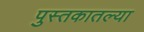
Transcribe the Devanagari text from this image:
पुस्‍तकातल्या